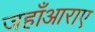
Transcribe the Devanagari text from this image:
जहाँआराए